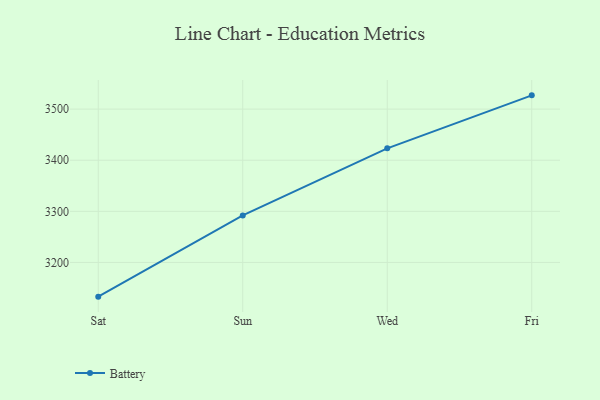
{"axis": {"x": "Day", "y": "Production Output"}, "legend": ["Battery"], "data": [{"x": "Sat", "y": 3133.0, "type": "Battery"}, {"x": "Sun", "y": 3292.0, "type": "Battery"}, {"x": "Wed", "y": 3423.3, "type": "Battery"}, {"x": "Fri", "y": 3527.0, "type": "Battery"}]}